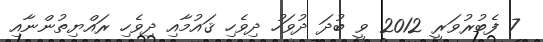
7 ފެބުރުވަރީ 2012 ވީ ބުދަ ދުވަހު ދިވެހި ޤައުމާއި ދިވެހި ރައްޔިތުންނާއި